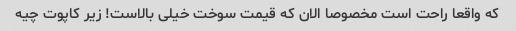
که واقعا راحت است مخصوصا الان که قیمت سوخت خیلی بالاست! زیر کاپوت چیه